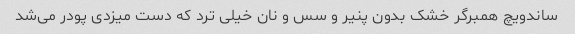
ساندویچ همبرگر خشک بدون پنیر و سس و نان خیلی ترد که دست میزدی پودر می‌شد